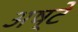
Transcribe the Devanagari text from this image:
अष्टे